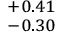
^ { + 0 . 4 1 } _ { - 0 . 3 0 }